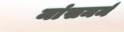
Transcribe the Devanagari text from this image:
मांसमर्म